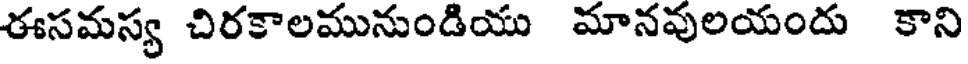
ఈసమస్య చిరకాలమునుండియు మానవులయందు కాని